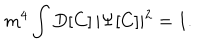
LaTeX: m ^ { 4 } \int D [ C ] \, \vert \Psi [ C ] \vert ^ { 2 } = 1 .